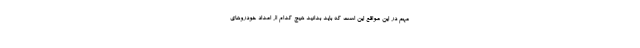
مهم در این مواقع این است که باید بدانید هیچ کدام از امداد خودروهای